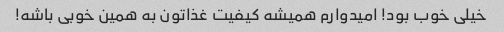
خیلی خوب بود! امیدوارم همیشه کیفیت غذاتون به همین خوبی باشه!